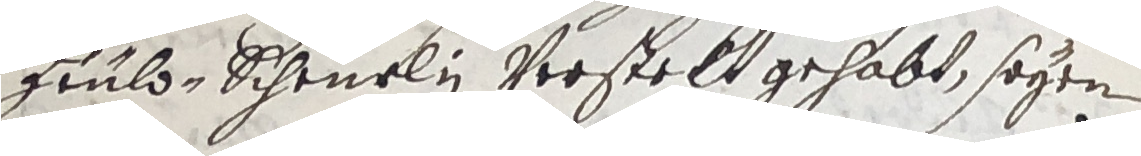
geuld-Scheüelin verstelt gehabt, seyen